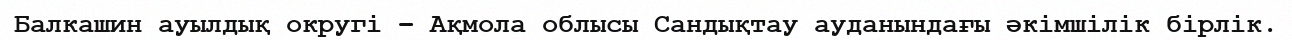
Балкашин ауылдық округі – Ақмола облысы Сандықтау ауданындағы әкімшілік бірлік.